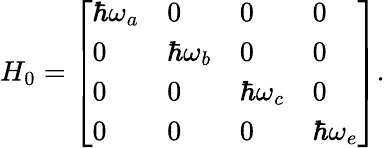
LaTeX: H_{0}=\left[\begin{array}{llll}{\hbar\omega_{a}}&{0}&{0}&{0}\\ {0}&{\hbar\omega_{b}}&{0}&{0}\\ {0}&{0}&{\hbar\omega_{c}}&{0}\\ {0}&{0}&{0}&{\hbar\omega_{e}}\end{array}\right].